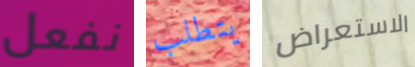
نفعل يتطلب الاستعراض